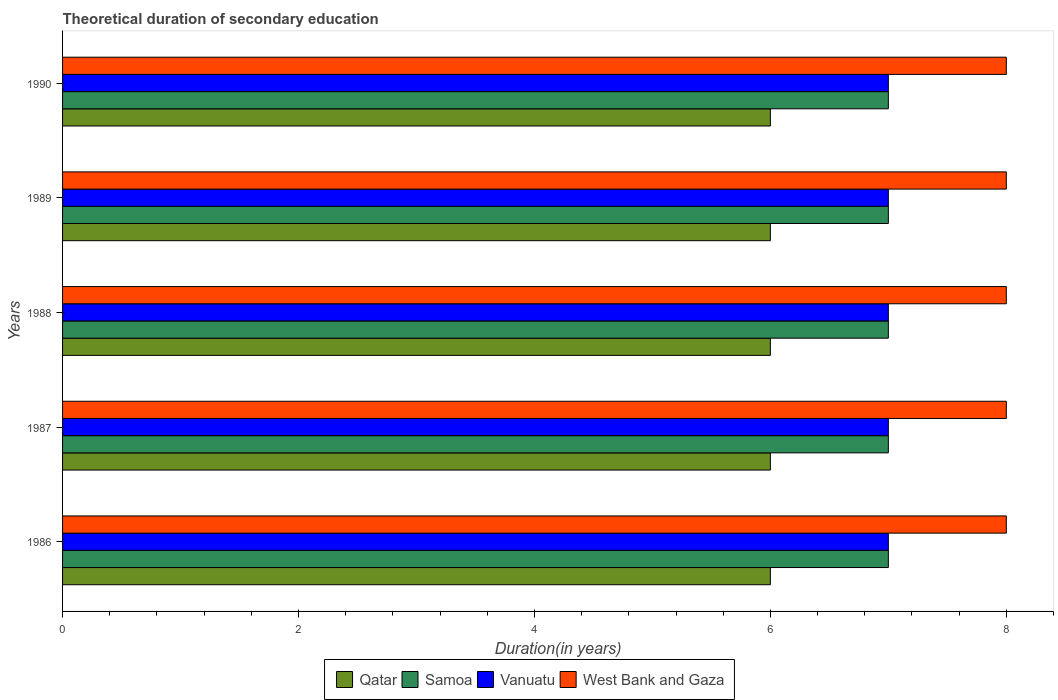
| Years | Qatar | Samoa | Vanuatu | West Bank and Gaza |
 | --- | --- | --- | --- | --- |
 | 1986 | 6 | 7 | 7 | 8 |
 | 1987 | 6 | 7 | 7 | 8 |
 | 1988 | 6 | 7 | 7 | 8 |
 | 1989 | 6 | 7 | 7 | 8 |
 | 1990 | 6 | 7 | 7 | 8 |